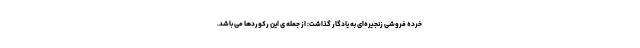
خرده فروشی زنجیره­ای به یادگار گذاشت: از جمله ­ی این رکوردها می باشد.